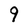
Character: 9